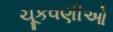
ચૂકવણીઓ